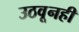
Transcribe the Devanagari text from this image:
उठवूनही